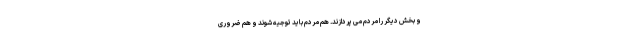
و بخش دیگر را مردم می پردازند. هم مردم باید توجیه شوند و هم ضروری